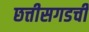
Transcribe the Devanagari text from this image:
छत्तीसगडची